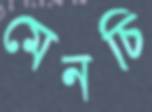
মেনচি